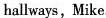
hallways, Mike.